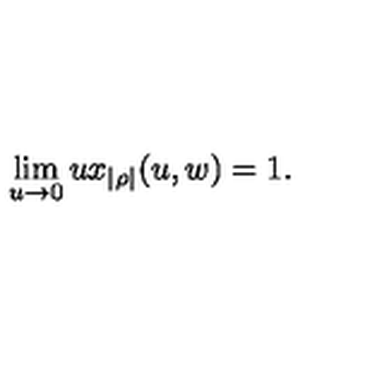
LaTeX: \lim _ { u \rightarrow 0 } u x _ { | \rho | } ( u , w ) = 1 .